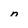
Character: n